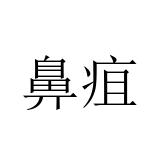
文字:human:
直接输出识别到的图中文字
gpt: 鼻疽